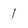
Character: l